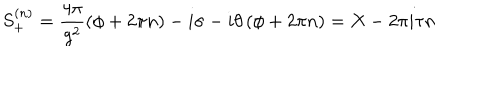
S _ { + } ^ { ( n ) } = \frac { 4 \pi } { g ^ { 2 } } \left( \phi + 2 \pi n \right) - i \sigma - i \theta \left( \phi + 2 \pi n \right) = X - 2 \pi i \tau n